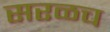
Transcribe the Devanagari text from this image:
सरळच